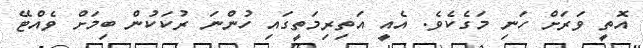
އޮތީ ވަރަށް ހަނި މަގެކެވެ. އެއީ އަތިރިމަތީގައި ހުންނަ ރުކަކުން ބިމަށް ވެއްޓޭ